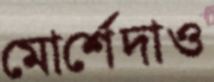
মোর্শেদাও